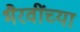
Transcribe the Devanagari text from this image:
भैरवींच्या